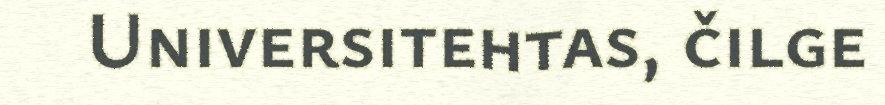
Universitehtas, čilge